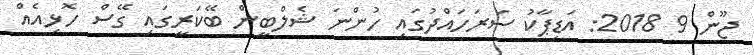
ޖޫން 9 2018: އަޑިޕާކު ސަރަހައްދުގައި ހުންނަ ޝެލްބީން ބޭކަރީގައި ގޭސް ހޮޅިއެއް